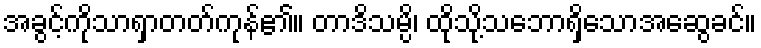
အခွင့်ကိုသာရှာတတ်ကုန်၏။ တာဒိသမ္ပိ၊ ထိုသို့သဘောရှိသောအဆွေခင်။